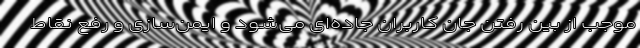
موجب از بین رفتن جان کاربران جاده‌ای می‌شود و ایمن‌سازی و رفع نقاط